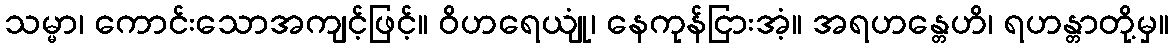
သမ္မာ၊ ကောင်းသောအကျင့်ဖြင့်။ ဝိဟရေယျုံ၊ နေကုန်ငြားအံ့။ အရဟန္တေဟိ၊ ရဟန္တာတို့မှ။